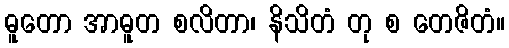
ဓူတော အာဓူတ စလိတာ၊ နိသိတံ တု စ တေဇိတံ။